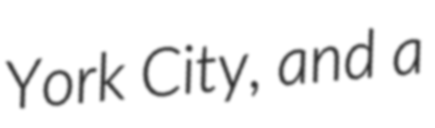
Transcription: York City, and a